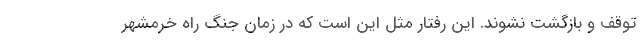
توقف و بازگشت نشوند. این رفتار مثل این است که در زمان جنگ راه خرمشهر